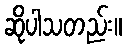
ဆိုပါသတည်း။